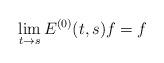
LaTeX: \begin{align*}\lim_{t\to s} E^{(0)}(t,s)f=f\end{align*}